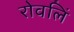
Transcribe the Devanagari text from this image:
रोवलिं